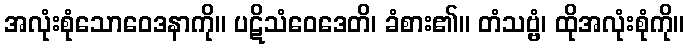
အလုံးစုံသောဝေဒနာကို။ ပဋိသံဝေဒေတိ၊ ခံစား၏။ တံသဗ္ဗံ၊ ထိုအလုံးစုံကို။